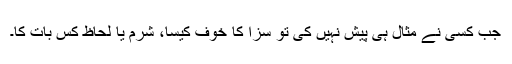
جب کسی نے مثال ہی پیش نہیں کی تو سزا کا خوف کیسا، شرم یا لحاظ کِس بات کا۔